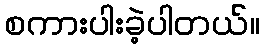
စကားပါးခဲ့ပါတယ်။